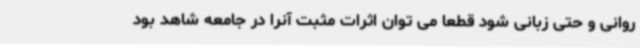
روانی و حتی زبانی شود قطعا می توان اثرات مثبت آنرا در جامعه شاهد بود